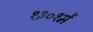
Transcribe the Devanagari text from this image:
१३०१में